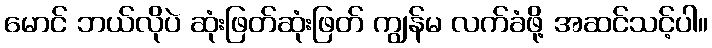
မောင် ဘယ်လိုပဲ ဆုံးဖြတ်ဆုံးဖြတ် ကျွန်မ လက်ခံဖို့ အဆင်သင့်ပါ။